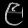
Digit: ၉